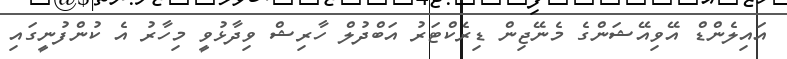
އައިލެންޑް އޭވިއޭޝަންގެ މެނޭޖިން ޑިރެކްޓަރު އަބްދުލް ހާރިޝް ވިދާޅުވީ މިހާރު އެ ކުންފުނީގައި